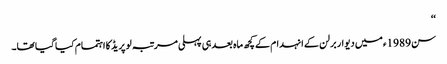
‘‘
سن 1989ء میں دیوار برلن کے انہدام کے کچھ ماہ بعد ہی پہلی مرتبہ لو پریڈ کا اہتمام کیا گیا تھا۔